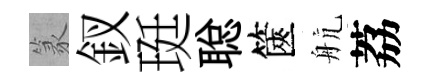
篆釵珽聪篋航荔